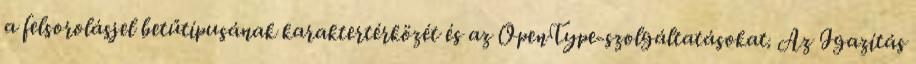
a felsorolásjel betűtípusának karaktertérközét és az OpenType-szolgáltatásokat. Az Igazítás